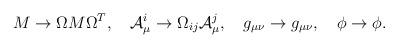
LaTeX: \begin{align*}M \to \Omega M \Omega^T ,\ \ \ {\cal A}^i_{\mu} \to \Omega_{ij}{\cal A}^j_{\mu}, \ \ \ g_{\mu\nu} \to g_{\mu\nu}, \ \ \ \phi \to \phi .\end{align*}